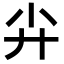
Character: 𡭛